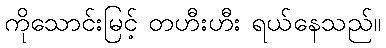
ကိုသောင်းမြင့် တဟီးဟီး ရယ်နေသည်။